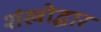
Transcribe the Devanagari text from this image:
शंखोद्धार